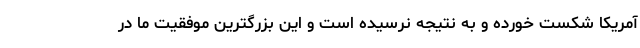
آمریکا شکست خورده و به نتیجه نرسیده است و این بزرگترین موفقیت ما در